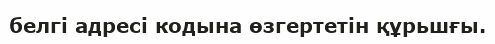
белгі адресі кодына өзгертетін құрьшғы.